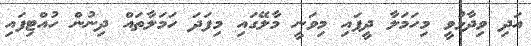
އަދި ވިދާޅުވީ މިހަމަލާ ދީފައި މިވަނީ މާލޭގައި މިފަދަ ހަމަލާތައް ދިނުން ހުއްޓިފައި